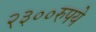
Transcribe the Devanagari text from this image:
२३००रुपये